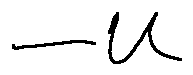
- u